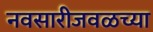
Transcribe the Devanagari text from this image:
नवसारीजवळच्या